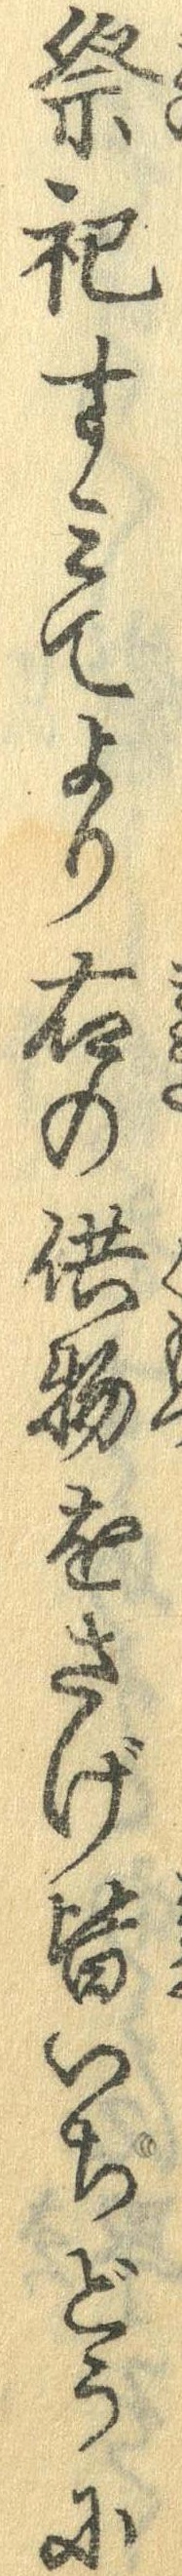
祭祀すみてより右の供物をさげ皆いちどうに